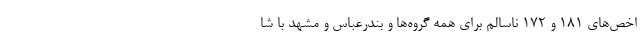
اخص‌های ۱۸۱ و ۱۷۲ ناسالم برای همه گروه‌ها و بندرعباس و مشهد با شا